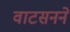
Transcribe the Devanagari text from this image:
वाटसनने